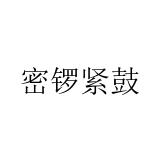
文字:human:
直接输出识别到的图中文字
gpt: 密锣紧鼓